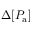
\Delta [ P _ { \mathrm { a } } ]